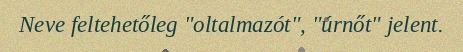
Neve feltehetőleg "oltalmazót", "úrnőt" jelent.